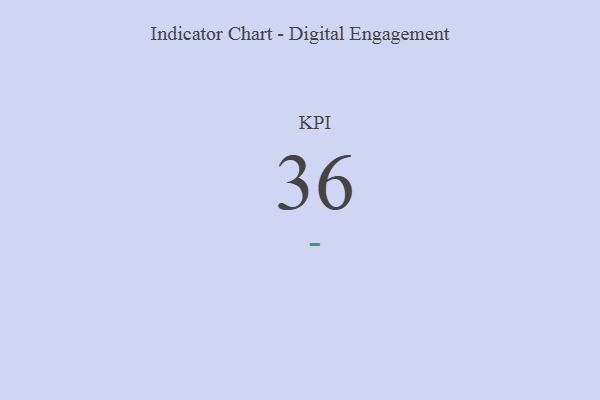
{"axis": {"x": "KPI", "y": "Value"}, "legend": [""], "data": [{"x": "KPI", "y": 36, "type": ""}]}